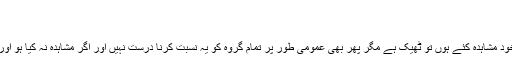
)
مفتی صاحب کا جواب ملاحظہ فرمائیں:
”اگر کہنے والے نے علامات و اعمال کفر اس شخص میں بذات خود مشاہدہ کئے ہوں تو ٹھیک ہے مگر پھر بھی عمومی طور پر تمام گروہ کو یہ نسبت کرنا درست نہیں اور اگر مشاہدہ نہ کیا ہو اور ویسے کفر کی نسبت کر رہا ہو تو پھر یہ شخص خود فاسق ہے۔